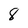
Character: 8